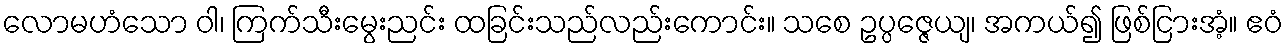
လောမဟံသော ဝါ၊ ကြက်သီးမွေးညင်း ထခြင်းသည်လည်းကောင်း။ သစေ ဥပ္ပဇ္ဇေယျ၊ အကယ်၍ ဖြစ်ငြားအံ့။ ဧဝံ